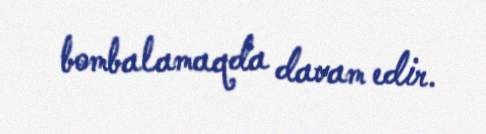
bombalamaqda davam edir.